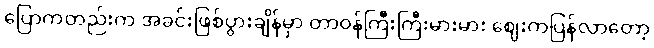
ပြောကတည်းက အခင်းဖြစ်ပွားချိန်မှာ တာဝန်ကြီးကြီးမားမား ဈေးကပြန်လာတော့